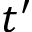
t ^ { \prime }